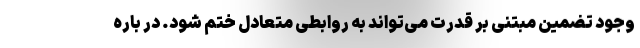
وجود تضمین مبتنی بر قدرت می‌تواند به روابطی متعادل ختم شود. در باره